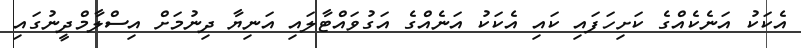
އެކަކު އަނެކެއްގެ ކަށިހަފައި ކައި އެކަކު އަނެއްގެ އަގުވައްޓާލައި އަނިޔާ ދިނުމަށް އިސްލާމްދީނުގައި